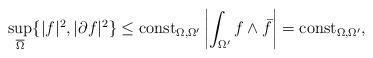
LaTeX: \begin{align*} \sup_{\overline{\Omega}} \{|f|^2, |{\partial} f|^2\}\le {\rm const}_{\Omega,\Omega'} \left|\int_{\Omega'} f\wedge \bar{f} \right|={\rm const}_{\Omega,\Omega'}, \end{align*}